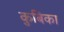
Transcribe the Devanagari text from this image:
कुबिका